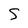
Character: S